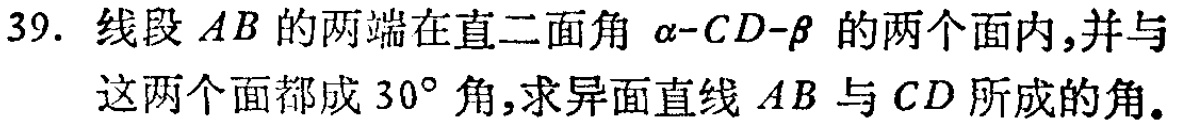
39. 线段 \(AB\) 的两端在直二面角 \(\alpha -CD-\beta\) 的两个面内,并与这两个面都成 \(30^{\circ}\) 角,求异面直线 \(AB\) 与 \(CD\) 所成的角。